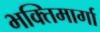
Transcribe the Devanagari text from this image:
भक्तिमार्गा